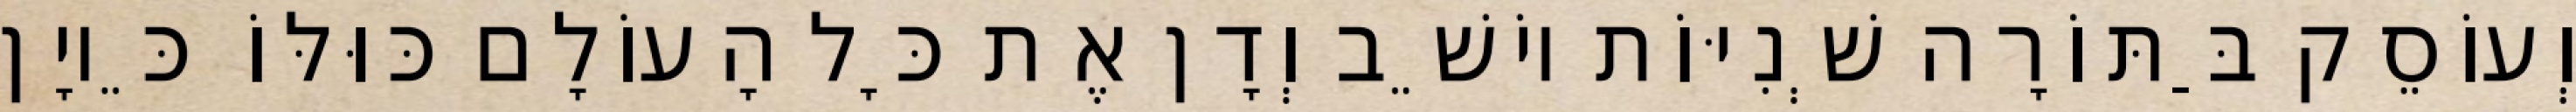
וְעוֹסֵק בַּתּוֹרָה שְׁנִיּוֹת יוֹשֵׁב וְדָן אֶת כָּל הָעוֹלָם כּוּלּוֹ כֵּיוָן